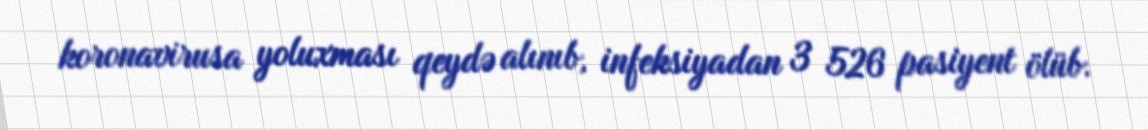
koronavirusa yoluxması qeydə alınıb, infeksiyadan 3 526 pasiyent ölüb.